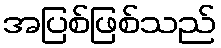
အပြစ်ဖြစ်သည်